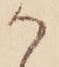
か